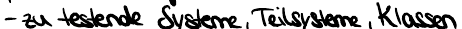
- zu testende Systeme, Teilsysteme, Klassen